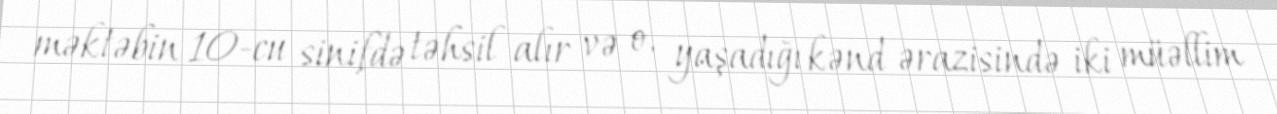
məktəbin 10-cu sinifdə təhsil alır və o, yaşadığı kənd ərazisində iki müəllim